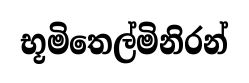
භූමිතෙල්මිනිරන්